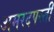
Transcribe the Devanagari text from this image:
अमरदपस्ती